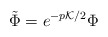
\begin{align*}\tilde{\Phi} = e^{-p {\cal K}/2} \Phi\end{align*}